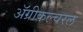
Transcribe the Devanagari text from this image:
ॲग्रीकल्चरल